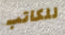
للكاتب